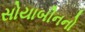
સોયાબીનનો